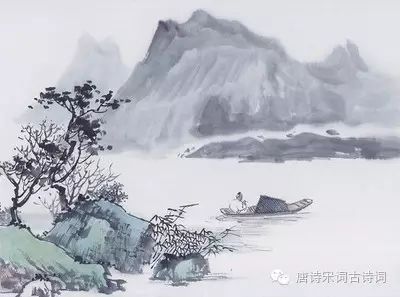
嵩云秦树久离居，双鲤迢迢一纸书。